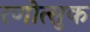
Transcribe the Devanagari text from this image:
रणोत्सुक